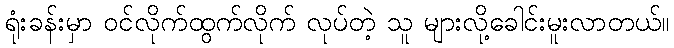
ရုံးခန်းမှာ ဝင်လိုက်ထွက်လိုက် လုပ်တဲ့ သူ များလို့ခေါင်းမူးလာတယ်။